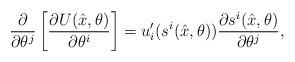
LaTeX: \begin{align*} \frac{\partial}{\partial{\theta^j}}\left[\frac{\partial{U(\hat{x},\theta)}}{\partial{\theta^i}}\right]=u_i'(s^i(\hat{x},\theta))\frac{\partial{s^i(\hat{x},\theta)}}{\partial{\theta^j}},\end{align*}